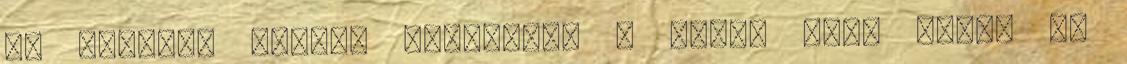
és egészen tiszta Báránynak a drága vére árán. Őt